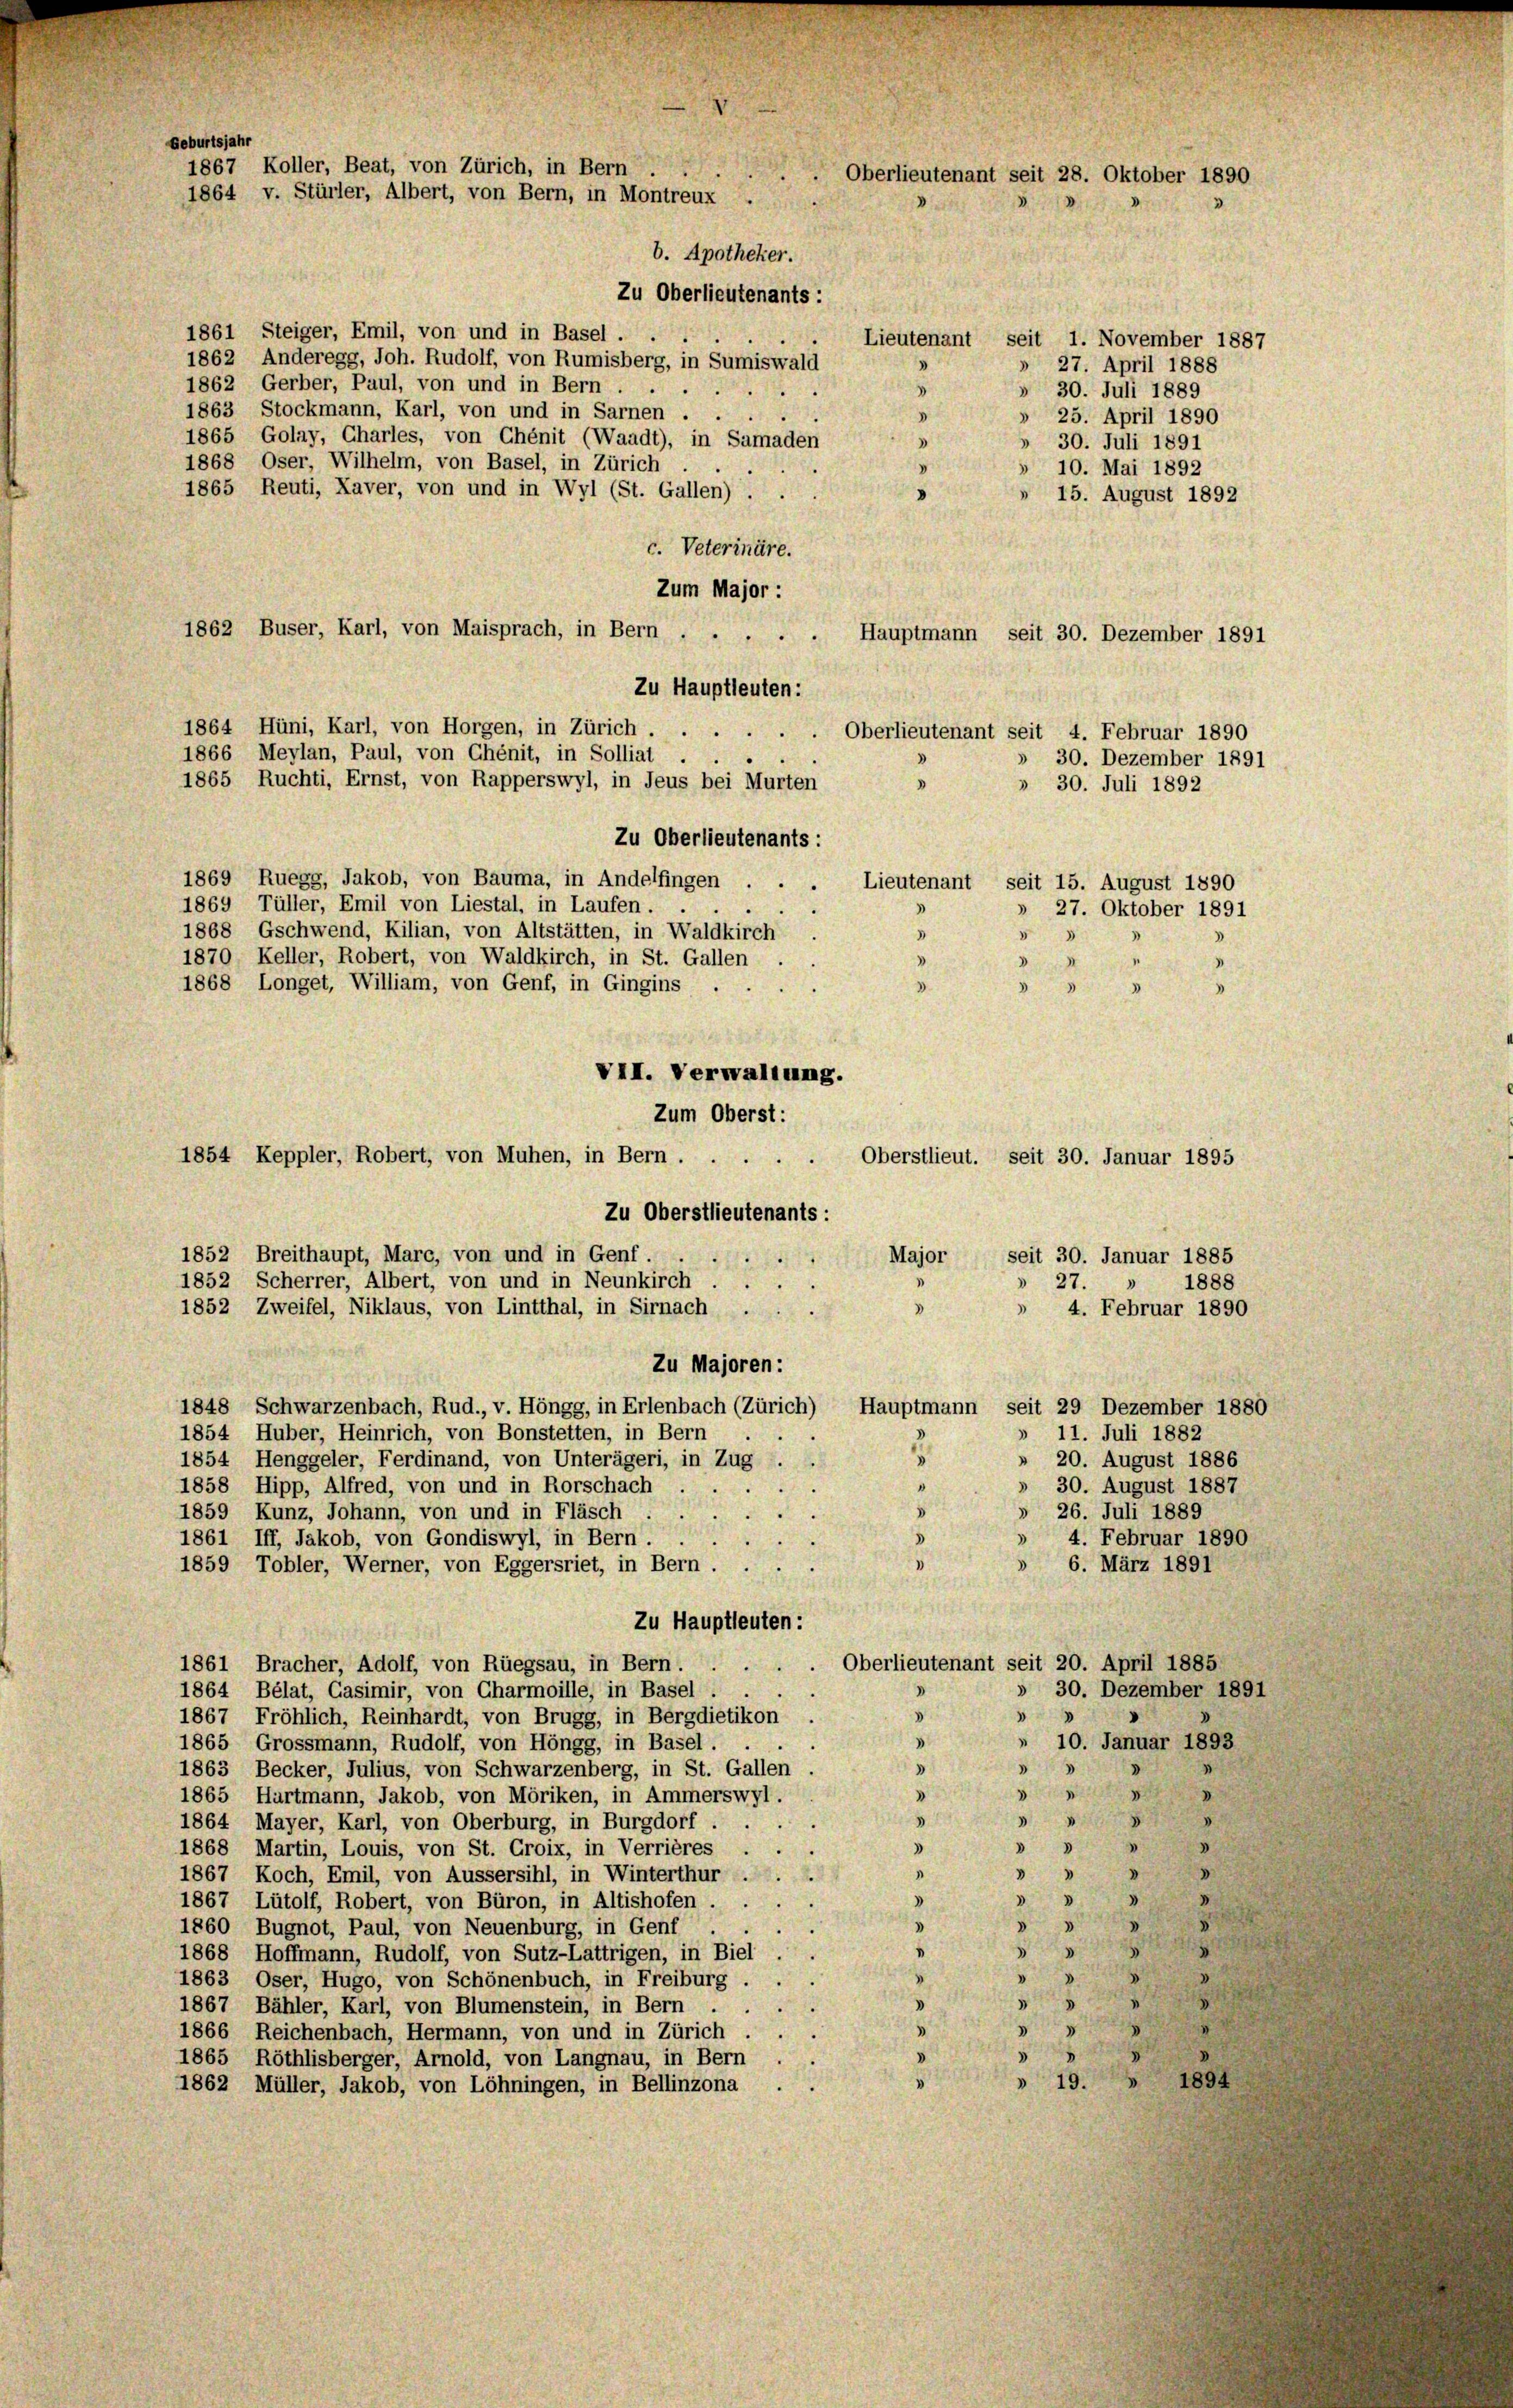
Geburtsjahr
1867 Koller, Beat, von Zürich, in Bern
Oberlieutenant seit 28. Oktober 1890
1864 v. Stürler, Albert, von Bern, in Montreux

b. Apotheker.

Zu Oberlieutenants:
1861 Steiger, Emil, von und in Basel ...
Lieutenant seit 1. November 1887
1862 Anderegg, Joh. Rudolf, von Rumisberg, in Sumiswald
» 27. April 1888
1862 Gerber, Paul, von und in Bern .
.
» 30. Juli 1889
1863 Stockmann, Karl, von und in Sarnen ....
.
» 25. April 1890
1865 Golay, Charles, von Chénit (Waadt), in Samaden
3
» 30. Juli 1891
1868 Oser, Wilhelm, von Basel, in Zürich
» 10. Mai 1892
1865 Reuti, Xaver, von und in Wyl (St. Gallen) . .
15. August 1892
c. Veterinäre.
Zum Major :
1862 Buser, Karl, von Maisprach, in Bern .
Hauptmann seit 30. Dezember 189.
Zu Hauptleuten:
1864 Hüni, Karl, von Horgen, in Zürich
Oberlieutenant seit 4. Februar 1890
1866 Meylan, Paul, von Chénit, in Solliat.
» 30. Dezember 1891
1865 Ruchti, Ernst, von Rapperswyl, in Jeus bei Murten
» 30. Juli 1892
Zu Oberlieutenants:
1869 Ruegg, Jakob, von Bauma, in Andelfingen ...
Lieutenant seit 15. August 1890
1869 Tüller, Emil von Liestal, in Laufen.
» 27. Oktober 1891
1868 Gschwend, Kilian, von Altstätten, in Waldkirch.
3
5
1870 Keller, Robert, von Waldkirch, in St. Gallen
4
1868 Longet, William, von Genf, in Gingins ...
d
 3
3
VII. Verwaltung.
Zum Oberst:
Oberstlieut. seit 30. Januar 1895
1854 Keppler, Robert, von Muhen, in Bern ....
Zu Oberstlieutenants:
1852 Breithaupt, Marc, von und in Genf.
seit 30. Januar 1885
Major
1
1852 Scherrer, Albert, von und in Neunkirch.
» 27. » 1888
3
1852 Zweifel, Niklaus, von Lintthal, in Sirnach .
» 4. Februar 1890
Zu Majoren:
1848 Schwarzenbach, Rud., v. Höngg, in Erlenbach (Zürich)
Hauptmann seit 29 Dezember 1880
» 11. Juli 1882
1854 Huber, Heinrich, von Bonstetten, in Bern
5
» 20. August 1886
1854 Henggeler, Ferdinand, von Unterägeri, in Zug . .
» 30. August 1887
1858 Hipp, Alfred, von und in Rorschach
.
» 26. Juli 1889
1859 Kunz, Johann, von und in Fläsch
s
3
1861 Iff, Jakob, von Gondiswyl, in Bern
4. Februar 1890
6. März 1891
1859 Tobler, Werner, von Eggersriet, in Bern . . .
Zu Hauptleuten:
Oberlieutenant seit 20. April 1885
1861 Bracher, Adolf, von Rüegsau, in Bern.
d
» 30. Dezember 1891
1864 Bélat, Casimir, von Charmoille, in Basel . . .
d

1867 Fröhlich, Reinhardt, von Brugg, in Bergdietikon .
.
» 10. Januar 1893
1865 Grossmann, Rudolf, von Höngg, in Basel ....
 39
1
1863 Becker, Julius, von Schwarzenberg, in St. Gallen
d
 84
1865 Hartmann, Jakob, von Möriken, in Ammerswyl.
»
1864 Mayer, Karl, von Oberburg, in Burgdorf.
2

.
1868 Martin, Louis, von St. Groix, in Verrières
"
"
1867 Koch, Emil, von Aussersihl, in Winterthur ...
d
3»
1867 Lütolf, Robert, von Büron, in Altishofen
.
.

1860 Bugnot, Paul, von Neuenburg, in Genf .
3

1
1868 Hoffmann, Rudolf, von Sutz-Lattrigen, in Biel
.

1863 Oser, Hugo, von Schönenbuch, in Freiburg . . .
n
5
1867 Bähler, Karl, von Blumenstein, in Bern
5
1866 Reichenbach, Hermann, von und in Zürich . . .
3
1865 Röthlisberger, Arnold, von Langnau, in Bern
» 19. » 1894
1862 Müller, Jakob, von Löhningen, in Bellinzona . .